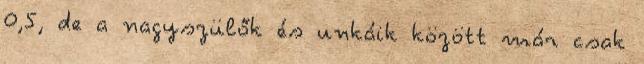
0,5, de a nagyszülők és unkáik között már csak